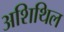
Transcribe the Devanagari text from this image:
अशिथिल